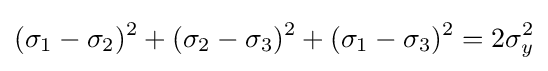
(\sigma _{1}-\sigma _{2})^{2}+(\sigma _{2}-\sigma _{3})^{2}+(\sigma _{1}-\sigma _{3})^{2}=2\sigma _{y}^{2}\,\!